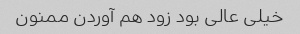
خیلی عالی بود زود هم آوردن ممنون